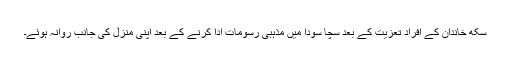
سکھ خاندان کے افراد تعزیت کے بعد سچا سودا میں مذہبی رسومات ادا کرنے کے بعد اپنی منزل کی جانب روانہ ہوئے۔